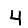
Digit: 4